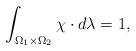
LaTeX: \begin{align*} \int_{\Omega_1 \times \Omega_2} \chi \cdot d\lambda = 1,\end{align*}